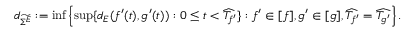
d _ { \widetilde { \Sigma ^ { E } } } : = \operatorname* { i n f } \left\lbrace \operatorname* { s u p } \lbrace d _ { E } ( f ^ { \prime } ( t ) , g ^ { \prime } ( t ) ) : 0 \leq t < \widehat { T _ { f ^ { \prime } } } \rbrace : f ^ { \prime } \in [ f ] , g ^ { \prime } \in [ g ] , \widehat { T _ { f ^ { \prime } } } = \widehat { T _ { g ^ { \prime } } } \right\rbrace .